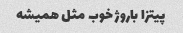
پیتزا باروژ خوب مثل همیشه